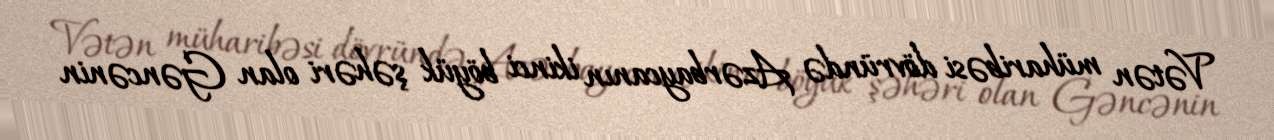
Vətən müharibəsi dövründə Azərbaycanın ikinci böyük şəhəri olan Gəncənin